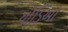
ધોડિઆ